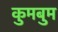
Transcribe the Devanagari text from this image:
कुमबुम